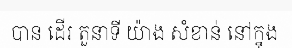
បាន ដើរ តួនាទី យ៉ាង សំខាន់ នៅក្នុង